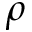
\boldsymbol { \rho }